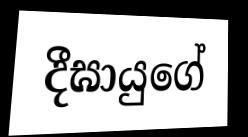
දීඝායුගේ